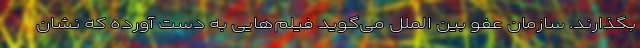
بگذارند. سازمان عفو بین الملل می‌گوید فیلم‌هایی به دست آورده که نشان